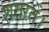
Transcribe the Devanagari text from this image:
शरारतें।